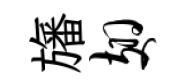
旛翅